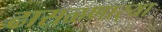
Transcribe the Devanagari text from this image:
ढासळणार्‍या